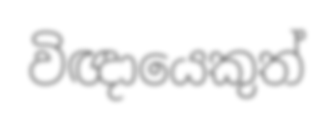
විඥායෙකුත්